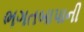
ભગતબાપાની